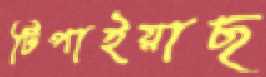
টিপাইয়াছ